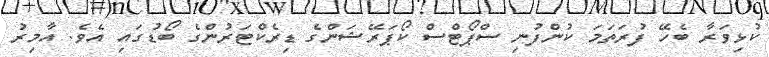
ކުޅިވަރާ ބެހޭ ފުރަތަމަ ކުންފުނި ސްޕޯޓްސް ކޯޕަރޭޝަންގެ ޑިރެކްޓަރުންގެ ބޯޑުގައި އެވެ. އާމިރު